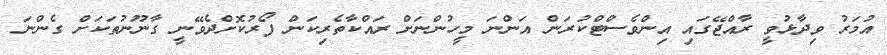
އުމަރު ވިދާޅުވީ ރާއްޖޭގައި އިންވެސްޓްކުރަން އަންނަ މީހުންނަށް ރައްކާތެރިކަން ފޯރުކޮށްދެވޭނީ ގާނޫނުތަކަށް ގެންނަ